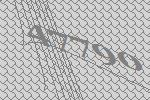
47790